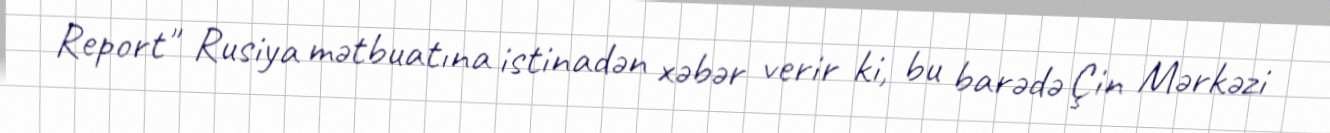
Report" Rusiya mətbuatına istinadən xəbər verir ki, bu barədə Çin Mərkəzi